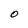
Character: 0